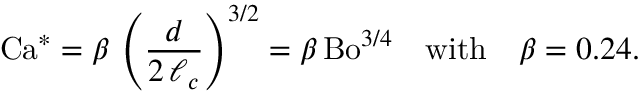
\mathrm { C a ^ { * } } = \beta \, \left( \frac { d } { 2 \, \ell _ { c } } \right) ^ { 3 / 2 } = \beta \, \mathrm { B o } ^ { 3 / 4 } \quad \mathrm { w i t h } \quad \beta = 0 . 2 4 .